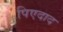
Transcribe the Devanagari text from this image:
पिएदाद